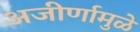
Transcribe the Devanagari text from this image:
अजीर्णामुळे